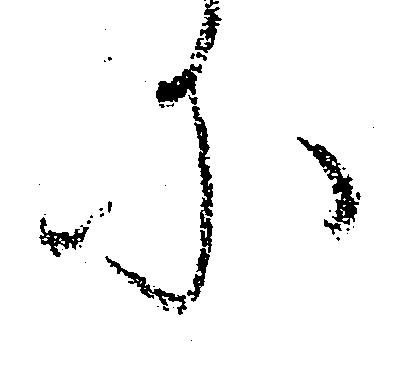
に